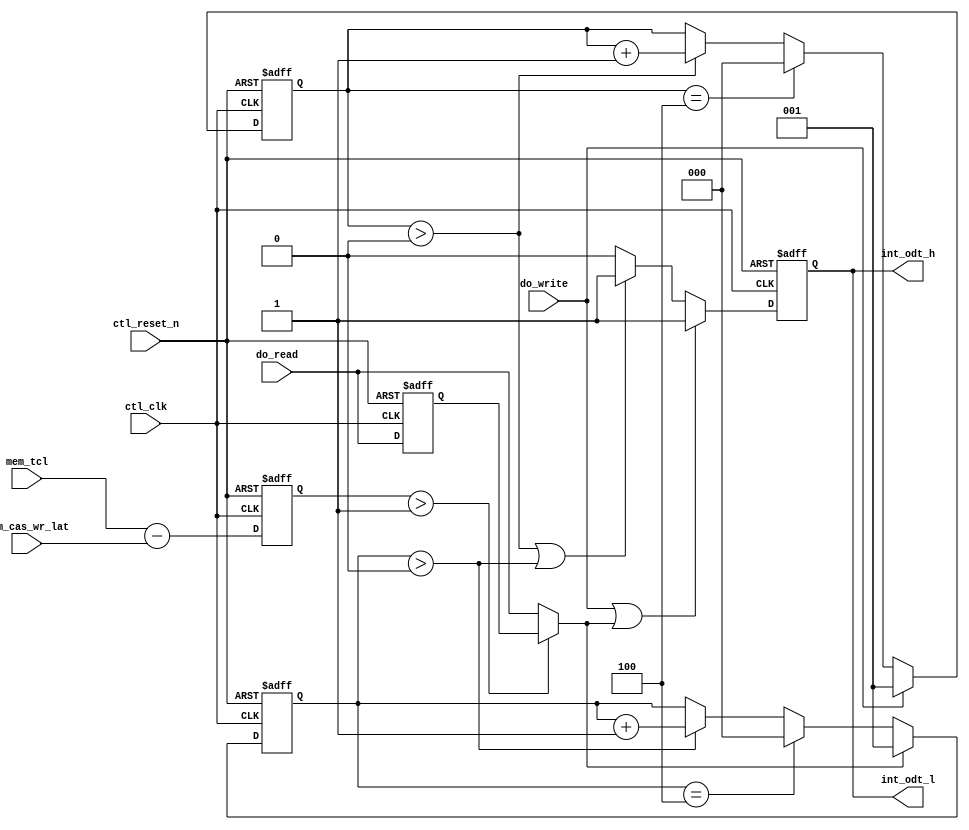
// (C) 2001-2011 Altera Corporation. All rights reserved.
// Your use of Altera Corporation's design tools, logic functions and other 
// software and tools, and its AMPP partner logic functions, and any output 
// files any of the foregoing (including device programming or simulation 
// files), and any associated documentation or information are expressly subject 
// to the terms and conditions of the Altera Program License Subscription 
// Agreement, Altera MegaCore Function License Agreement, or other applicable 
// license agreement, including, without limitation, that your use is for the 
// sole purpose of programming logic devices manufactured by Altera and sold by 
// Altera or its authorized distributors.  Please refer to the applicable 
// agreement for further details.




`timescale 1 ps / 1 ps
module ddr2_v10_1_alt_ddrx_ddr3_odt_gen
    # (parameter
        DWIDTH_RATIO            =   2,
        TCL_BUS_WIDTH           =   4,
        CAS_WR_LAT_BUS_WIDTH    =   4
    )
    (
        ctl_clk,
        ctl_reset_n,
        mem_tcl,
        mem_cas_wr_lat,
        do_write,
        do_read,
        int_odt_l,
        int_odt_h
    );
    
    input   ctl_clk;
    input   ctl_reset_n;
    input   [TCL_BUS_WIDTH-1:0]         mem_tcl;
    input   [CAS_WR_LAT_BUS_WIDTH-1:0]  mem_cas_wr_lat;
    input   do_write;
    input   do_read;
    output  int_odt_l;
    output  int_odt_h;
    
    wire    do_write;
    wire    int_do_read;
    reg     do_read_r;
    
    wire [3:0]  diff_unreg; 
    reg  [3:0]  diff;
    
    reg     int_odt_l_int;
    reg     int_odt_l_int_r;
    
    wire    int_odt_l;
    wire    int_odt_h;
    reg [2:0]   doing_write_count;
    reg [2:0]   doing_read_count;
    
    
    assign  diff_unreg  =   mem_tcl - mem_cas_wr_lat;
    assign  int_do_read =   (diff > 1) ? do_read_r : do_read;
    
    generate
        if (DWIDTH_RATIO == 2) 
            begin
                assign  int_odt_h   = int_odt_l_int;
                assign  int_odt_l   = int_odt_l_int;
            end
        else 
            begin
                assign  int_odt_h   = int_odt_l_int | do_write | (int_do_read & ~|diff);
                assign  int_odt_l   = int_odt_l_int | int_odt_l_int_r;
            end
    endgenerate
    
    always @(posedge ctl_clk, negedge ctl_reset_n)
        begin
            if (!ctl_reset_n)
                diff    <=  0;
            else
                diff    <=  diff_unreg;
        end
    
    always @(posedge ctl_clk, negedge ctl_reset_n)
        begin
            if (!ctl_reset_n)
                do_read_r   <=  0;
            else
                do_read_r   <=  do_read;
        end
    
    always @(posedge ctl_clk, negedge ctl_reset_n)
        begin
            if (!ctl_reset_n)
                doing_write_count   <=  0;
            else
                if (do_write)
                    doing_write_count   <=  1;
                else if ((DWIDTH_RATIO == 2 && doing_write_count == 4) || (DWIDTH_RATIO != 2 && doing_write_count == 1))
                    doing_write_count   <=  0;
                else if (doing_write_count > 0)
                    doing_write_count   <=  doing_write_count + 1'b1;
        end
    
    always @(posedge ctl_clk, negedge ctl_reset_n)
        begin
            if (!ctl_reset_n)
                doing_read_count   <=  0;
            else
                if (int_do_read)
                    doing_read_count   <=  1;
                else if ((DWIDTH_RATIO == 2 && doing_read_count == 4) || (DWIDTH_RATIO != 2 && doing_read_count == 1))
                    doing_read_count   <=  0;
                else if (doing_read_count > 0)
                    doing_read_count   <=  doing_read_count + 1'b1;
        end
    
    always @(posedge ctl_clk, negedge ctl_reset_n)
        begin
            if (!ctl_reset_n)
                int_odt_l_int         <=  1'b0;
            else
                if (do_write || int_do_read)
                    int_odt_l_int         <=  1'b1;
                else if (doing_write_count > 0 || doing_read_count > 0)
                    int_odt_l_int         <=  1'b1;
                else
                    int_odt_l_int         <=  1'b0;
        end
    
    always @(posedge ctl_clk, negedge ctl_reset_n)
        begin
            if (!ctl_reset_n)
                int_odt_l_int_r         <=  1'b0;
            else
                int_odt_l_int_r         <=  int_odt_l_int;
        end

endmodule